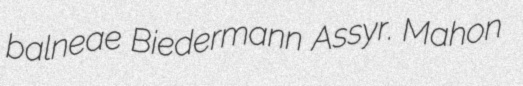
balneae Biedermann Assyr. Mahon